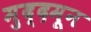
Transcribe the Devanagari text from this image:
मुद्दमून